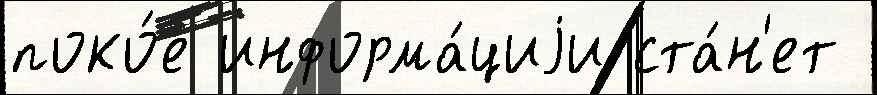
поко́е информа́циjи ста́н'ет